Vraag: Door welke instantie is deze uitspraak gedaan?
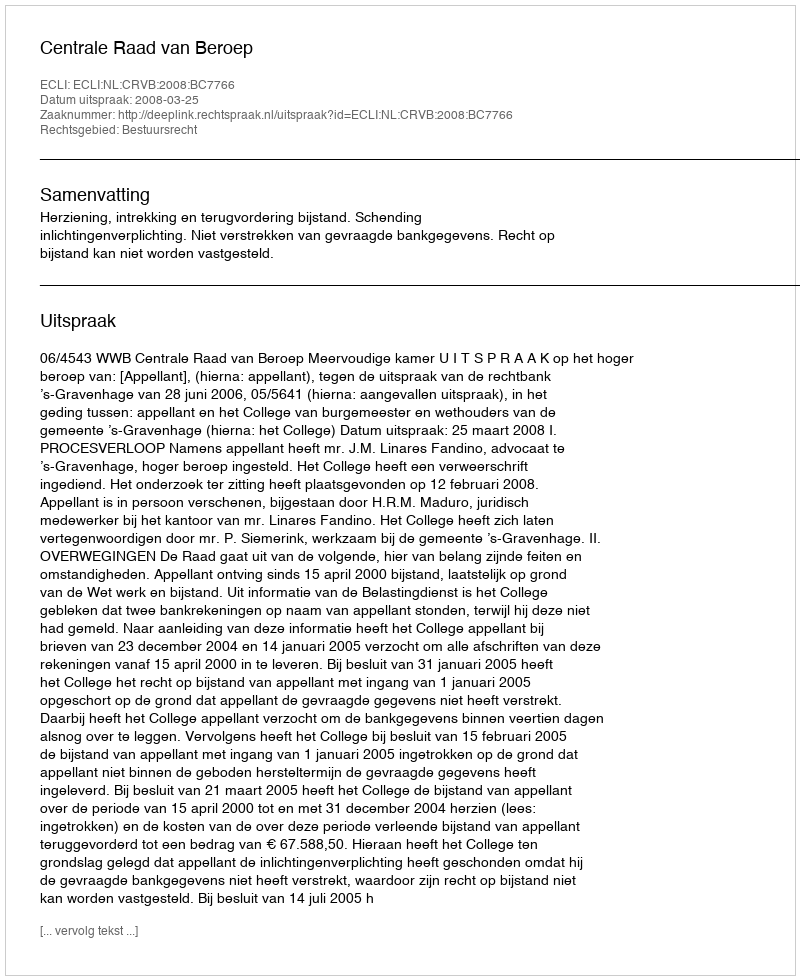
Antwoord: Centrale Raad van Beroep